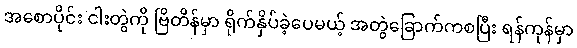
အစောပိုင်း ငါးတွဲကို ဗြိတိန်မှာ ရိုက်နှိပ်ခဲ့ပေမယ့် အတွဲခြောက်ကစပြီး ရန်ကုန်မှာ